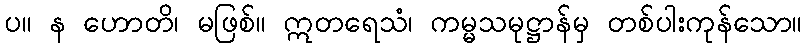
ပ။ န ဟောတိ၊ မဖြစ်။ ဣတရေသံ၊ ကမ္မသမုဋ္ဌာန်မှ တစ်ပါးကုန်သော။